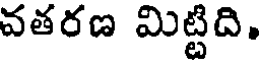
వతరణ మిట్టిది.